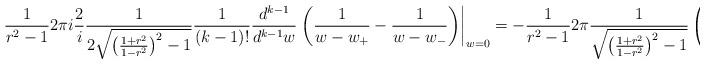
LaTeX: \begin{align*} \frac{1}{r^2-1}2\pi i\frac{2}{i}\frac{1}{2\sqrt{\left(\frac{1+r^2}{1-r^{2}}\right)^{2}-1}}\frac{1}{(k-1)!} \frac{d^{k-1}}{d^{k-1}w}\left.\left(\frac{1}{w-w_{+}} - \frac{1}{w-w_{-}}\right)\right|_{w=0}= -\frac{1}{r^2-1}2\pi\frac{1}{\sqrt{\left(\frac{1+r^2}{1-r^{2}}\right)^{2}-1}}\left(\frac{1}{w_{+}^{\tilde{k}}} - \frac{1}{w_{-}^{\tilde{k}}}\right).\end{align*}